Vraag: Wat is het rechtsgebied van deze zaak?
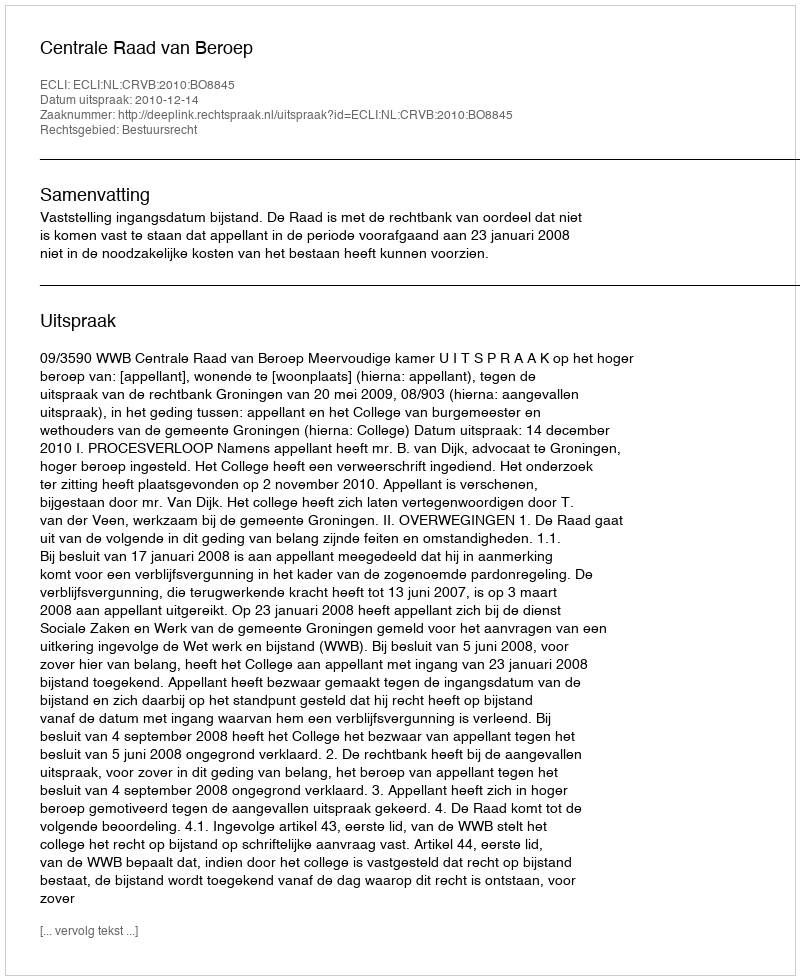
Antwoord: Bestuursrecht